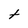
Character: t